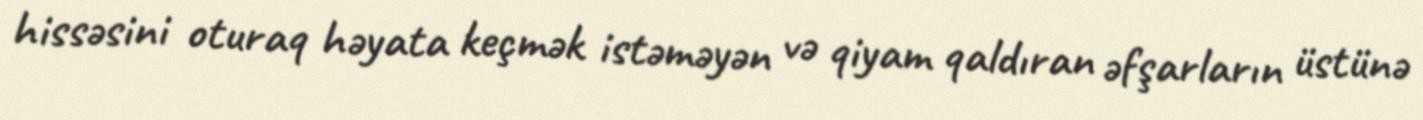
hissəsini oturaq həyata keçmək istəməyən və qiyam qaldıran əfşarların üstünə